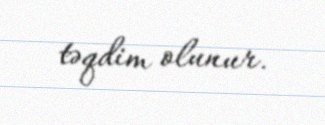
təqdim olunur.